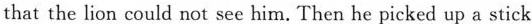
that the lion could not see him. Then he picked up a stick